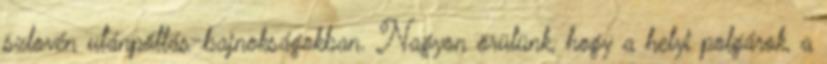
szlovén utánpótlás-bajnokságokban. Nagyon örülünk, hogy a helyi polgárok, a